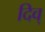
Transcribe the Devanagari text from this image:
दिव्‌